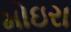
મોઇરા